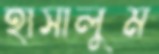
হাসালুম